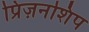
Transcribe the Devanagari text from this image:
प्रिज़नशिप